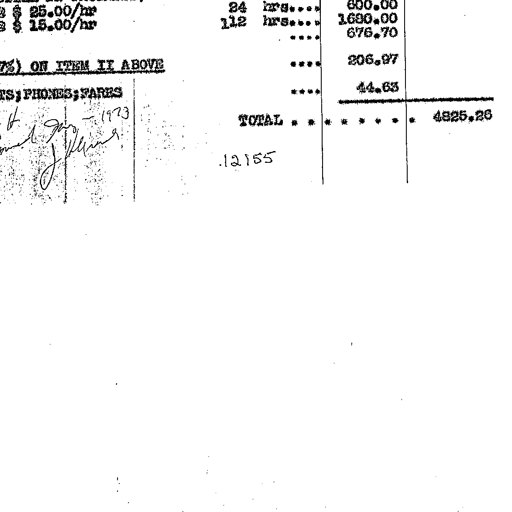
$ 25.00/hr 24 hrs.... 600.00
$ 15.00/hr 112 hrs.... 1680.00
.... 676.70
%) ON ITEM II ABOVE .... 206.97
; PHONES; FARES .... 41.63
1973
TOTAL . . . . . . . . 4825.26
12155